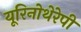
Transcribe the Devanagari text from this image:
यूरिनोथेरेपी